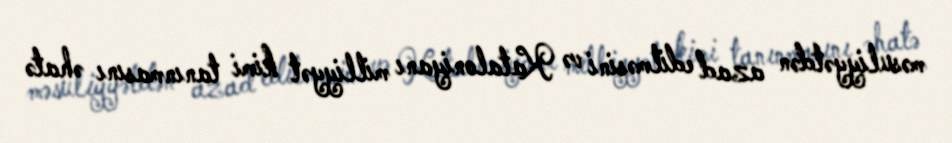
məsuliyyətdən azad edilməsini və Kataloniyanı milliyyət kimi tanınmasını əhatə